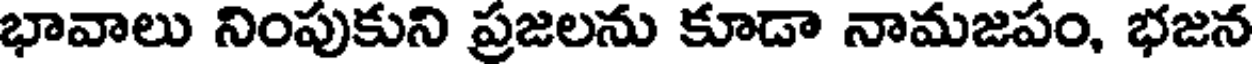
భావాలు నింపుకుని ప్రజలను కూడా నామజపం, భజన